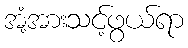
အံ့အားသင့်ဖွယ်ရာ